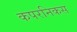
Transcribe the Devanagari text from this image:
कपरनिकस